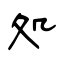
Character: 処